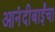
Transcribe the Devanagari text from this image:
आनंदीबाईंचा